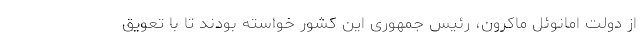
از دولت امانوئل ماکرون، رئیس جمهوری این کشور خواسته بودند تا با تعویق